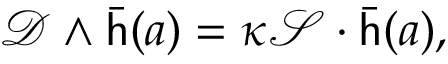
{ \mathcal { D } } \wedge { \bar { \mathsf { h } } } ( a ) = \kappa { \mathcal { S } } \cdot { \bar { \mathsf { h } } } ( a ) ,